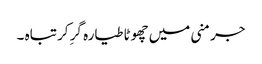
جرمنی میں چھوٹا طیارہ گرِ کر تباہ ۔